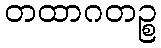
တထာဂတဉ္စ